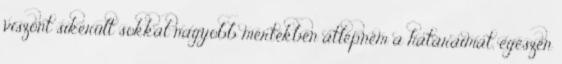
viszont sikerült sokkal nagyobb mértékben átlépnem a határaimat, egészen